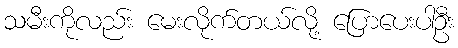
သမီးကိုလည်း မေးလိုက်တယ်လို့ ပြောပေးပါဦး